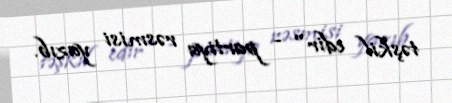
təşkil edir" - partiya rəsmisi yazıb.